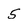
Character: 5